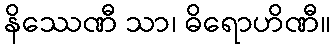
နိဿေဏီ သာ၊ ဓိရောဟိဏီ။